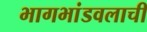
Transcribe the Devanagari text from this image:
भागभांडवलाची